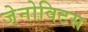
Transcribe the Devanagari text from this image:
जेनोविटस